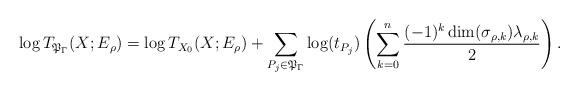
LaTeX: \begin{align*}\log T_{\mathfrak{P}_{\Gamma}}(X;E_\rho)=\log T_{X_0}(X;E_\rho)+\sum_{P_j\in\mathfrak{P}_{\Gamma}}\log(t_{P_j})\left(\sum_{k=0}^n\frac{(-1)^k\dim(\sigma_{\rho,k})\lambda_{\rho,k}}{2}\right).\end{align*}